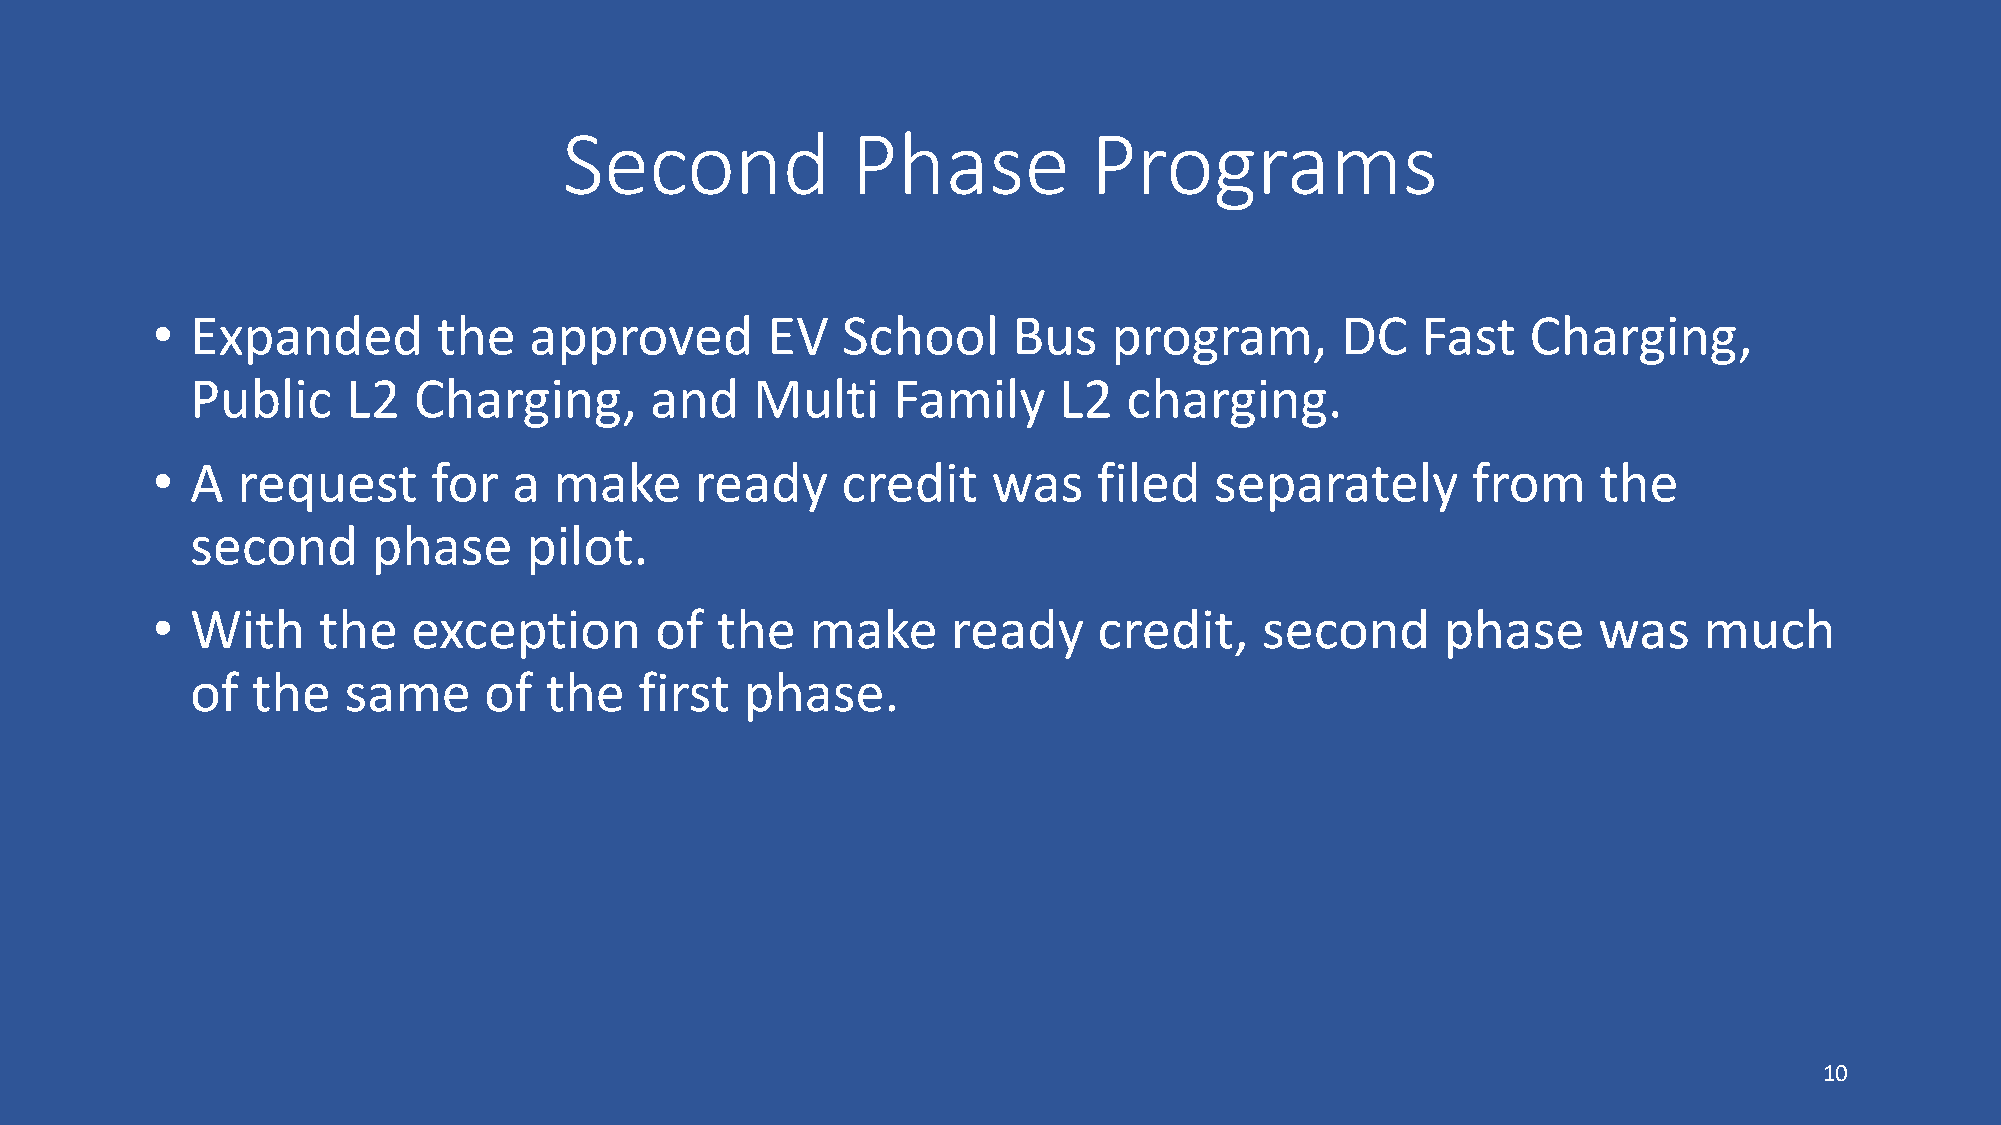
Second             Phase           Programs
 •  Expanded        the   approved        EV   School     Bus    program,       DC   Fast   Charging,
 Public    L2  Charging,       and    Multi    Family     L2   charging.
 •  A  request      for  a  make     ready     credit    was    filed  separately       from     the
 second      phase     pilot.
 •  With    the   exception       of  the    make     ready     credit,    second      phase     was    much
 of  the   same     of  the   first  phase.
 10